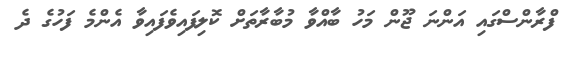
ފްރާންސްގައި އަންނަ ޖޫން މަހު ބާއްވާ މުބާރާތަށް ކޮލިފައިވެފައިވާ އެންމެ ފަހުގެ ދެ